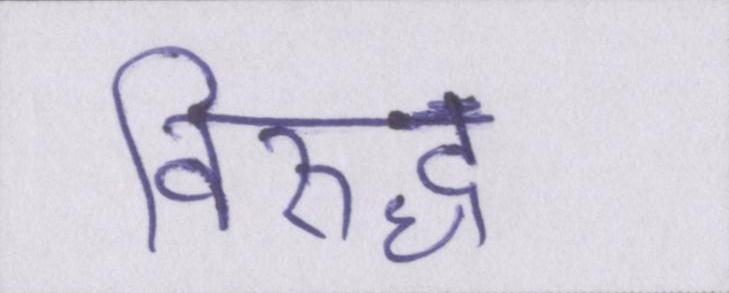
विरुद्ध